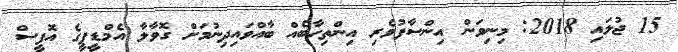
15 ޖުލައި 2018: މިނިވަން އިންސާފުވެރި އިންތިހާބެއް ބާއްވައިދިނުމަށް ގޮވާލާ އެމްޑީޕީގެ އޮފީސް